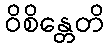
ဝိစိန္တေတိ